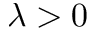
\lambda > 0